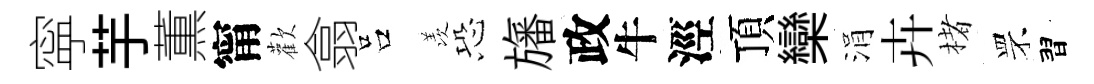
寜芋薫甯歡翕吕羡恐旛政牛涇頂欒涓卉楮罘習